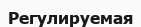
Регулируемая